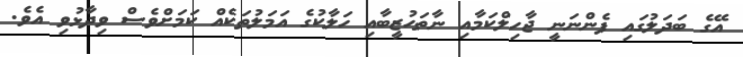
އޭގެ ބަދަލުގައި ފެންނަނީ ޖާހިލްކަމާއި ނާތަހުޒީބާއި ހަލާކުގެ އަމަލުތަކެއް ކަމަށްވެސް ވިދާޅުވި އެވެ.